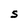
Character: S